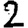
Digit: 2